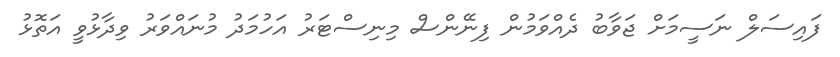
ފައިސަލް ނަސީމަށް ޖަވާބު ދެއްވަމުން ފިނޭންސް މިނިސްޓަރު އަހުމަދު މުނައްވަރު ވިދާޅުވީ އަތޮޅު